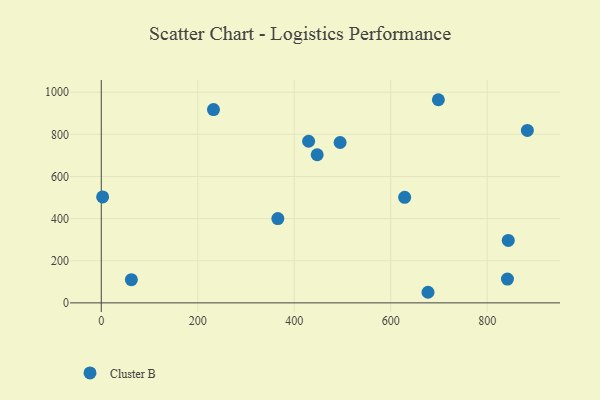
{"axis": {"x": "Price", "y": "Demand"}, "legend": ["Cluster B"], "data": [{"x": "447.6", "y": 703.2, "type": "Cluster B"}, {"x": "677.3", "y": 50.3, "type": "Cluster B"}, {"x": "842.0", "y": 112.8, "type": "Cluster B"}, {"x": "429.8", "y": 767.1, "type": "Cluster B"}, {"x": "883.3", "y": 818.5, "type": "Cluster B"}, {"x": "2.8", "y": 502.7, "type": "Cluster B"}, {"x": "843.7", "y": 296.6, "type": "Cluster B"}, {"x": "495.1", "y": 761.2, "type": "Cluster B"}, {"x": "62.4", "y": 110.3, "type": "Cluster B"}, {"x": "232.6", "y": 917.6, "type": "Cluster B"}, {"x": "366.0", "y": 400.2, "type": "Cluster B"}, {"x": "628.9", "y": 500.9, "type": "Cluster B"}, {"x": "698.8", "y": 964.3, "type": "Cluster B"}]}